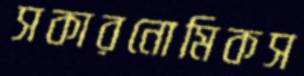
সকারনোমিকস